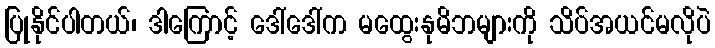
ပြုနိုင်ပါတယ်၊ ဒါကြောင့် ဒေါ်ဒေါ်က မထွေးနုမိဘများကို သိပ်အယင်မလိုပဲ